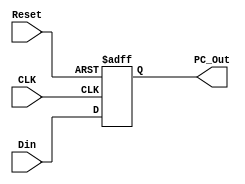
`timescale 1ns / 1ps
//////////////////////////////////////////////////////////////////////////////////
// Company: 
// Engineer: 
// 
// Design Name: 
// Module Name: CNTL
// Project Name: 
// Target Devices: 
// Tool Versions: 
// Description: 
// 
// Dependencies: 
// 
// Revision:
// Revision 0.01 - File Created
// Additional Comments:
// 
//////////////////////////////////////////////////////////////////////////////////


module PC(
    input CLK, Reset,
    input [31:0] Din,
    output reg [31:0] PC_Out
);

    initial begin
        PC_Out <= 32'h00000000;
    end

    always@(posedge CLK, posedge Reset) begin
        if (Reset == 1) begin
            PC_Out <= 32'h00000000;
        end
        else begin
            PC_Out <= Din;
        end
    end
endmodule